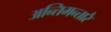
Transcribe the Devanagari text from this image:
अन्तिमन्तारै